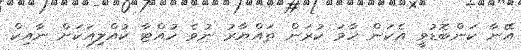
އޭނާ ކަންބޮޑުވީ އެކަން ހާމަ ކުރަން ތައްޔާރު ނުވެ ހުއްޓާ ކުއްލިއަކަށް ނާއިކް